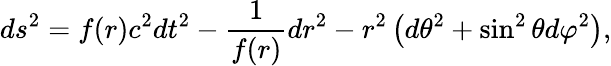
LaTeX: ds^{2}=f(r)c^{2}dt^{2}-\frac{1}{f(r)}dr^{2}-r^{2}\left(d\theta^{2}+\sin^{2}\theta d\varphi^{2}\right),